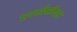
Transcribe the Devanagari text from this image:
एनसीसीएस